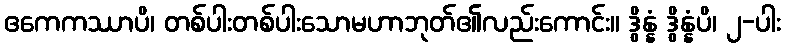
ဧကေကဿာပိ၊ တစ်ပါးတစ်ပါးသောမဟာဘုတ်၏လည်းကောင်း။ ဒွိန္နံ ဒွိန္နံပိ၊ ၂-ပါး